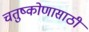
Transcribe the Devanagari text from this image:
चतुष्कोणासाठी